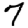
Digit: 7